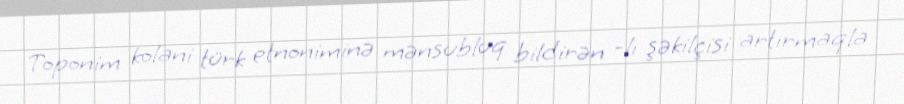
Toponim kolani türk etnoniminə mənsubluq bildirən -lı şəkilçisi artırmaqla